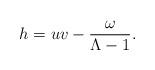
LaTeX: \begin{align*}h=uv-\frac{\omega}{\Lambda-1}.\end{align*}